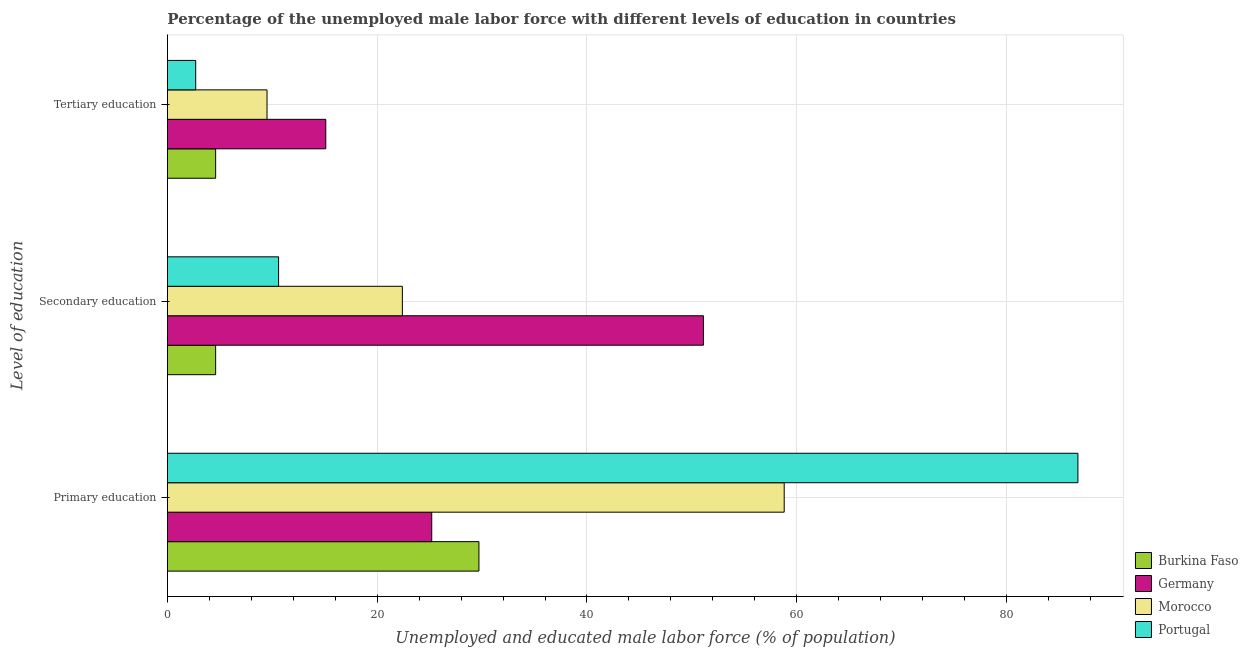
| Level of education | Burkina Faso | Germany | Morocco | Portugal |
 | --- | --- | --- | --- | --- |
 | Primary education | 29.7 | 25.2 | 58.8 | 86.8 |
 | Secondary education | 4.6 | 51.1 | 22.4 | 10.6 |
 | Tertiary education | 4.6 | 15.1 | 9.5 | 2.7 |